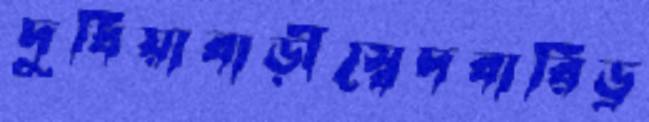
দুধিয়াবাড়ীস্বেদবারিড্র